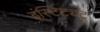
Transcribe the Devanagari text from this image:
इंस्टिट्यटू